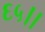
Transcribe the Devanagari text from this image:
६५।।